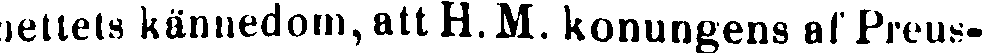
nettets kännedom, att H.M. konungens af Preus-